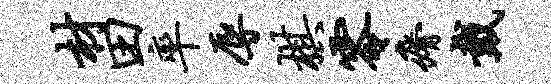
材田率辱棋零瘠戴